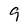
Character: 9